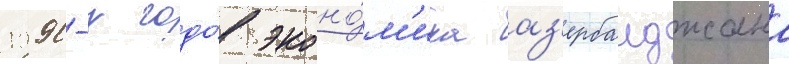
1990-х годо́в эконо́м'ика аз'ербаиджана